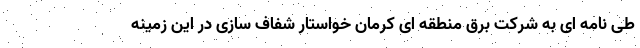
طی نامه ای به شرکت برق منطقه ای کرمان خواستار شفاف سازی در این زمینه